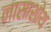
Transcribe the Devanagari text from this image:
नासाशोथ